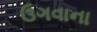
ઉગવાના